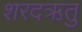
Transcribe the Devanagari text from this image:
शरदऋतु